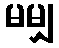
မမျှ